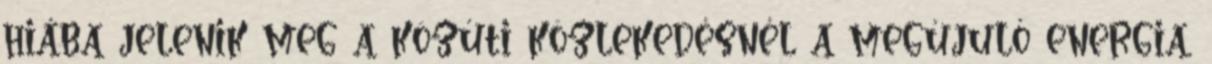
hiába jelenik meg a közúti közlekedésnél a megújuló energia,